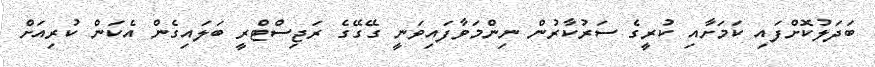
ބަދަލުކޮށްފައި ކަމަށާއި ކުރީގެ ސަރުކާރުން ނިންމަވާފައިވަނީ ގޭގޭގެ ރަޖިސްޓްރީ ބަލައިގެން އެކަން ކުރިއަށް